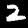
Digit: 2